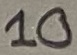
Text: 10